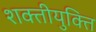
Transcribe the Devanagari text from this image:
शक्तीयुक्ति